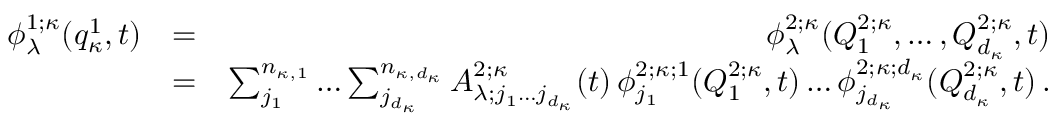
\begin{array} { r l r } { \phi _ { \lambda } ^ { 1 ; \kappa } ( q _ { \kappa } ^ { 1 } , t ) } & { = } & { \phi _ { \lambda } ^ { 2 ; \kappa } ( Q _ { 1 } ^ { 2 ; \kappa } , \ldots , Q _ { d _ { \kappa } } ^ { 2 ; \kappa } , t ) } \\ & { = } & { \sum _ { j _ { 1 } } ^ { n _ { \kappa , 1 } } \ldots \sum _ { j _ { d _ { \kappa } } } ^ { n _ { \kappa , d _ { \kappa } } } A _ { \lambda ; j _ { 1 } \ldots j _ { d _ { \kappa } } } ^ { 2 ; \kappa } ( t ) \, \phi _ { j _ { 1 } } ^ { 2 ; \kappa ; 1 } ( Q _ { 1 } ^ { 2 ; \kappa } , t ) \ldots \phi _ { j _ { d _ { \kappa } } } ^ { 2 ; \kappa ; d _ { \kappa } } ( Q _ { d _ { \kappa } } ^ { 2 ; \kappa } , t ) \, . } \end{array}